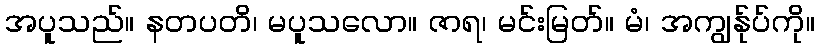
အပူသည်။ နတပတိ၊ မပူသလော။ ဇာရ၊ မင်းမြတ်။ မံ၊ အကျွန်ုပ်ကို။